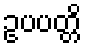
ဥပပတ္တိ